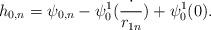
LaTeX: \begin{align*}h_{0,n}=\psi_{0,n}-\psi^1_0(\frac{\cdot}{r_{1n}})+\psi^1_0(0). \end{align*}